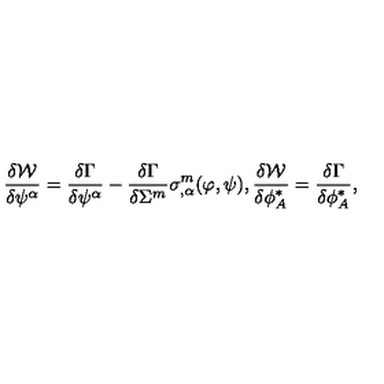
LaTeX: \frac { \delta { \cal W } } { \delta \psi ^ { \alpha } } = \frac { \delta \Gamma } { \delta \psi ^ { \alpha } } - \frac { \delta \Gamma } { \delta \Sigma ^ { m } } \sigma _ { , \alpha } ^ { m } ( \varphi , \psi ) , \frac { \delta { \cal W } } { \delta \phi _ { A } ^ { * } } = \frac { \delta \Gamma } { \delta \phi _ { A } ^ { * } } ,